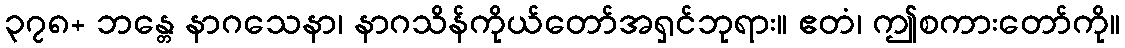
၃၇၈+ ဘန္တေ နာဂသေနာ၊ နာဂသိန်ကိုယ်တော်အရှင်ဘုရား။ ဧတံ၊ ဤစကားတော်ကို။